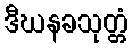
ဒီဃနခသုတ္တံ